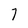
Character: 7